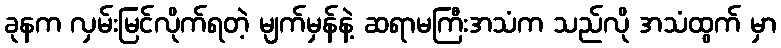
ခုနက လှမ်းမြင်လိုက်ရတဲ့ မျက်မှန်နဲ့ ဆရာမကြီးအသံက သည်လို အသံထွက် မှာ